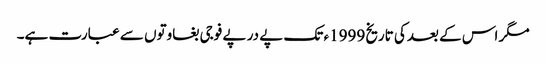
مگر اس کے بعدکی تاریخ 1999ء تک پے در پے فوجی بغاوتوں سے عبارت ہے۔